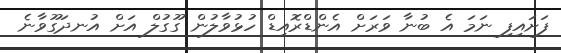
ފަށައިފި ނަަމަ އެ ބުނާ ވަރަށް އެންޑްރޮއިޑް ހުޅުވާލުން ގޫގުލް އަށް އުނދަގޫވާނެ